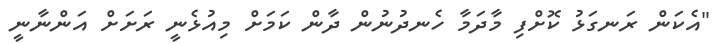
"އެކަން ރަނގަޅު ކޮށްފި މާދަމާ ހެނދުނުން ދާން ކަމަށް މިއުޅެނީ ރަަށަށް އަންނާނީ